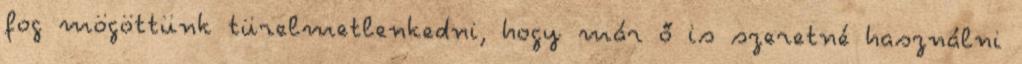
fog mögöttünk türelmetlenkedni, hogy már ő is szeretné használni